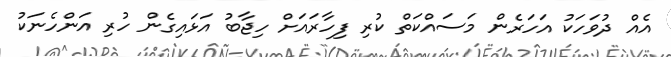
އެއް ދުވަހަކު އަހަރެން މަސައްކަތް ކުރި ފިހާރައަށް ހިޖާބު އަޅައިގެން ހުރި އަންހެނަކު